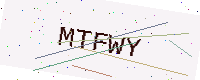
Text: MTFWY